Vaccination in the Punjab 1867-1880 - 1867-1880
Year: 1867
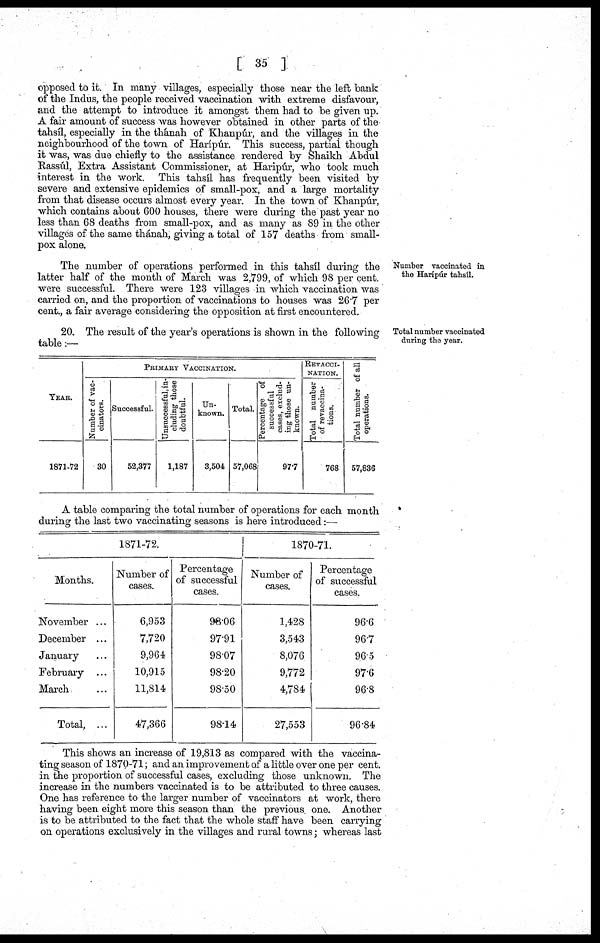
[ 35 ]
opposed to it. In many villages, especially those near the left bank
of the Indus, the people received vaccination with extreme disfavour,
and the attempt to introduce it amongst them had to be given up.
A fair amount of success was however obtained in other parts of the
tahsíl, especially in the thánah of Khanpúr, and the villages in the
neighbourhood of the town of Harípúr. This success, partial though
it was, was due chiefly to the assistance rendered by Shaikh Abdul
Rassúl, Extra Assistant Commissioner, at Haripúr, who took much
interest in the work. This tahsíl has frequently been visited by
severe and extensive epidemics of small-pox, and a large mortality
from that disease occurs almost every year. In the town of Khanpúr,
which contains about 600 houses, there were during the past year no
less than 68 deaths from small-pox, and as many as 89 in the other
villages of the same thánah, giving a total of 157 deaths from small-
pox alone.
Number vaccinated in
the Haripúr tahsíl.
The number of operations performed in this tahsíl during the
latter half of the month of March was 2,799, of which 98 per cent.
were successful. There were 123 villages in which vaccination was
carried on, and the proportion of vaccinations to houses was 26.7 per
cent., a fair average considering the opposition at first encountered.
Total number vaccinated
during the year.
20. The result of the year's operations is shown in the following
table:—
YEAR.
1871-72
PRIMARY VACCINATION.
Number of vac-
cinators.
30
Successful.
52,377
Unsuccessful, in-
cluding those
doubtful.
1,187
Un-
known.
3,504
Total.
57,068
Percentage of
successful
cases, exclud-
ing those un-
known.
977
REVACCI¬
NATION.
Total number
of revaccinations.
768
Total number of all
operations.
57,836
A table comparing the total number of operations for each month
during the last two vaccinating seasons is here introduced:—
Months.
November...
December ...
January ...
February ...
March ...
Total, ...
1871-72.
Number of
cases.
6,953
7,720
9,964
10,915
11,814
47,366
Percentage
of successful
cases.
98.06
97.91
98.07
98.20
98.50
98.14
1870-71.
Number of
cases.
1,428
3,543
8,076
9,772
4,784
27,553
Percentage
of successful
cases.
96.6
96.7
96.5
97.6
96.8
96.84
This shows an increase of 19,813 as compared with the vaccina-
ting season of 1870-71; and an improvement of a little over one per cent.
in the proportion of successful cases, excluding those unknown. The
increase in the numbers vaccinated is to be attributed to three causes.
One has reference to the larger number of vaccinators at work, there
having been eight more this season than the previous one. Another
is to be attributed to the fact that the whole staff have been carrying
on operations exclusively in the villages and rural towns; whereas last